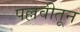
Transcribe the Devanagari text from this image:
पल्लवीतून